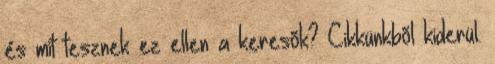
és mit tesznek ez ellen a keresõk? Cikkünkbõl kiderül.